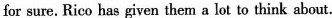
for sure. Rico has given them a lot to think about.